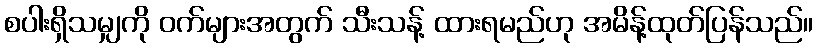
စပါးရှိသမျှကို ဝက်များအတွက် သီးသန့် ထားရမည်ဟု အမိန့်ထုတ်ပြန်သည်။